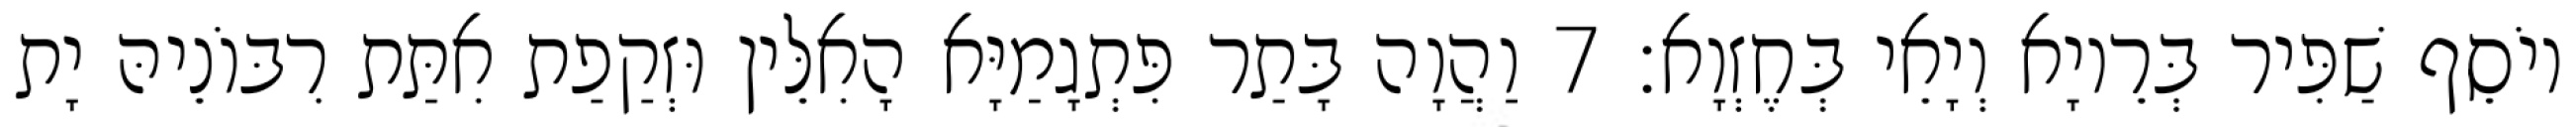
יוֹסֵף שַׁפִּיר בְּרֵיוָא וְיָאֵי בְּחֶזְוָא׃ 7 וַהֲוָה בָּתַר פִּתְגָמַיָּא הָאִלֵּין וּזְקַפַת אִתַּת רִבּוֹנֵיהּ יָת